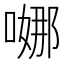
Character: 𭉺